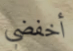
أخفضي